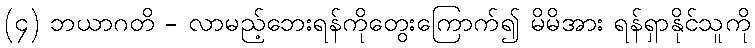
(၄) ဘယာဂတိ - လာမည့်ဘေးရန်ကိုတွေးကြောက်၍ မိမိအား ရန်ရှာနိုင်သူကို